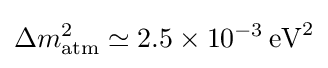
\Delta m_{\text{atm}}^{2}\simeq 2.5\times 10^{-3}\,{\mbox{eV}}^{2}